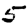
Digit: 5